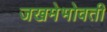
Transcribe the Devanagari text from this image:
जखमेभोवती